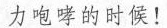
力咆哮的时候！